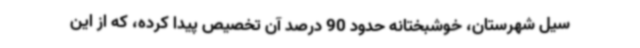
سیل شهرستان، خوشبختانه حدود 90 درصد آن تخصیص پیدا کرده، که از این